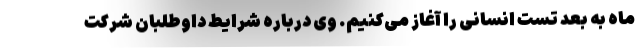
ماه به بعد تست انسانی را آغاز می‌کنیم. وی درباره شرایط داوطلبان شرکت